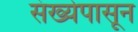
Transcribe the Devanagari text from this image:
संख्येपासून